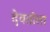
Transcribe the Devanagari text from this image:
देवतोला